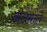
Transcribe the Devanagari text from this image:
अलमाते